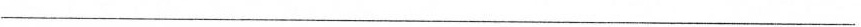
___